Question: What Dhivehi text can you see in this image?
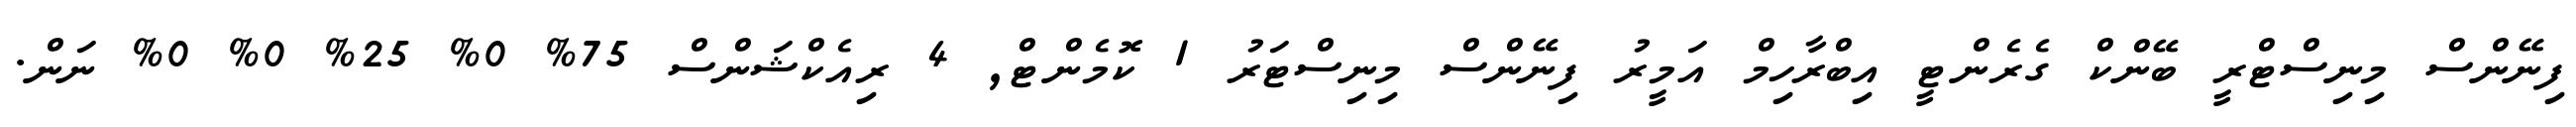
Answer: ފިނޭންސް މިނިސްޓްރީ ބޭންކް ގެރެންޓީ އިބްރާހިމް އަމީރު ފިނޭންސް މިނިސްޓަރު 1 ކޮމެންޓް, 4 ރިއެކްޝަންސް 75% 0% 25% 0% 0% ނަން.